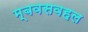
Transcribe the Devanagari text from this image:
म्बवसवहल